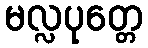
မလ္လပုတ္တေ